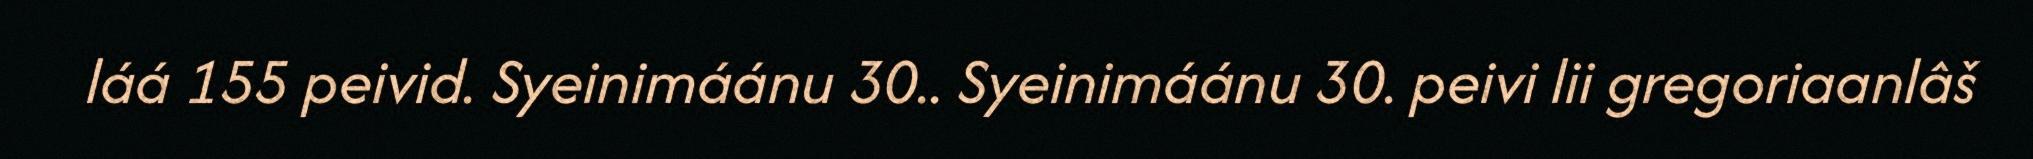
láá 155 peivid. Syeinimáánu 30.. Syeinimáánu 30. peivi lii gregoriaanlâš